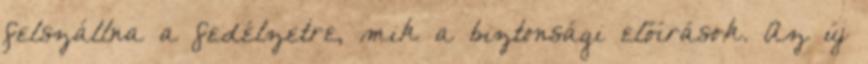
felszállna a fedélzetre, mik a biztonsági előírások. Az új